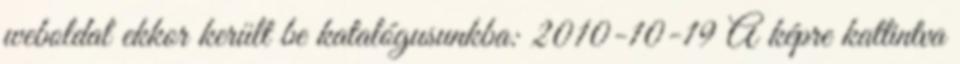
weboldal ekkor került be katalógusunkba: 2010-10-19 A képre kattintva